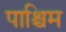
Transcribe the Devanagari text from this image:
पाश्चिम